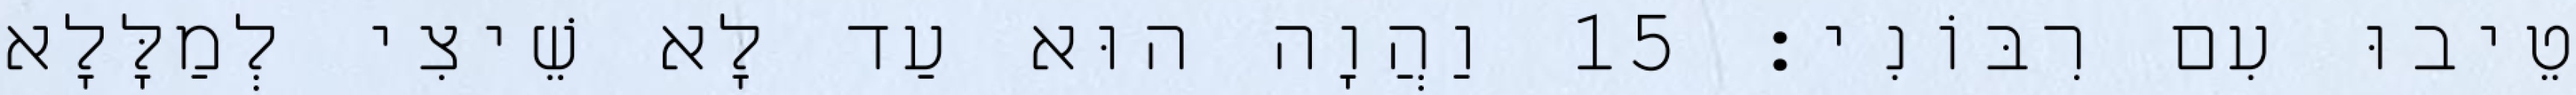
טֵיבוּ עִם רִבּוֹנִי׃ 15 וַהֲוָה הוּא עַד לָא שֵׁיצִי לְמַלָּלָא